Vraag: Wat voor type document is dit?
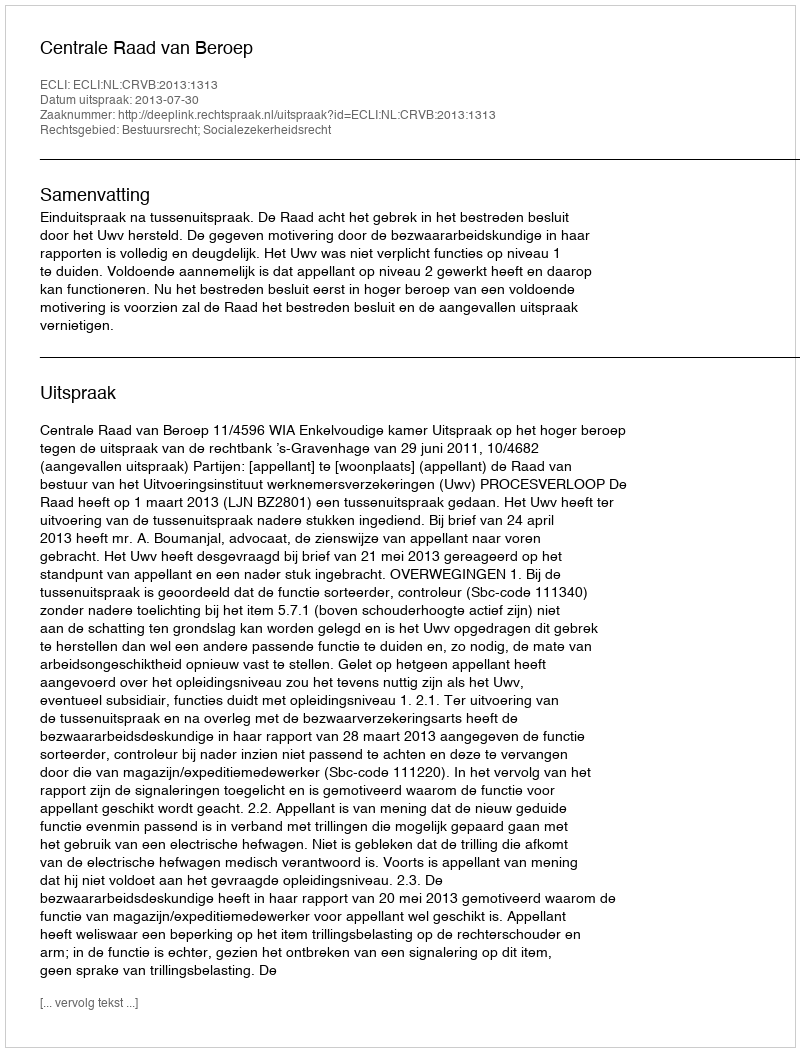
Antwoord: Uitspraak